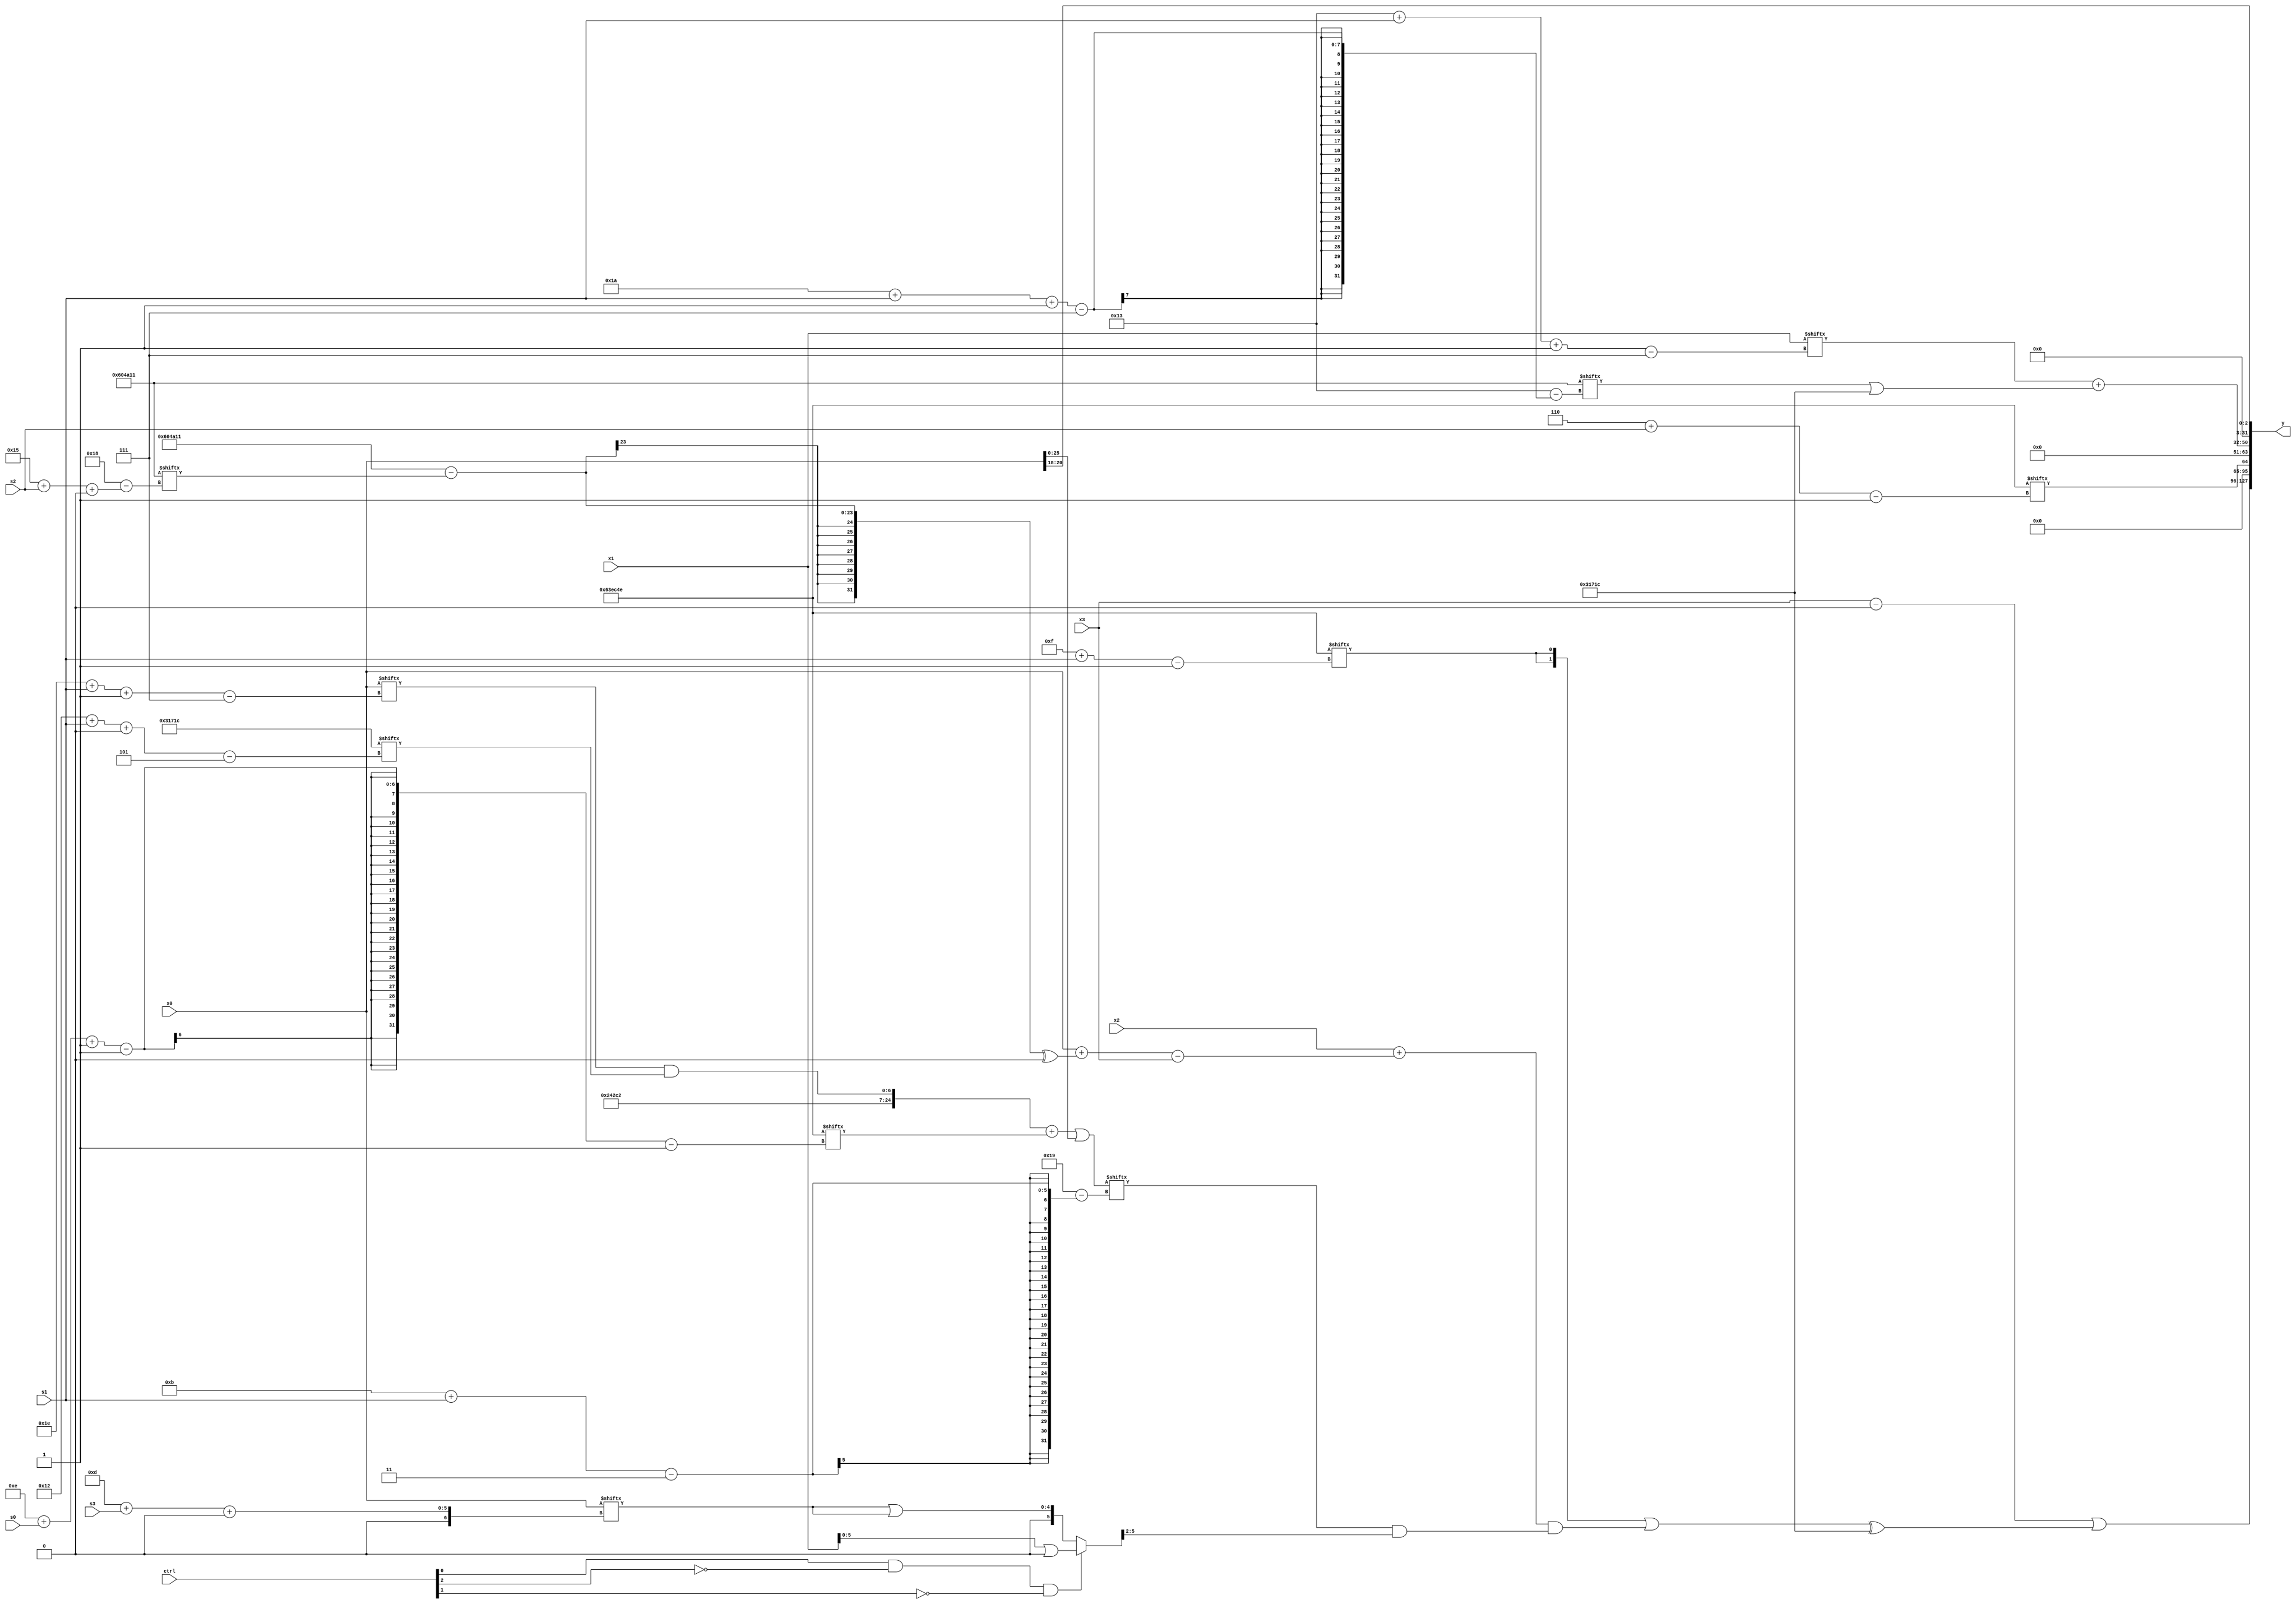
module partsel_00311(ctrl, s0, s1, s2, s3, x0, x1, x2, x3, y);
  input [3:0] ctrl;
  input [2:0] s0;
  input [2:0] s1;
  input [2:0] s2;
  input [2:0] s3;
  input signed [31:0] x0;
  input [31:0] x1;
  input signed [31:0] x2;
  input [31:0] x3;
  wire signed [3:31] x4;
  wire signed [31:3] x5;
  wire [3:28] x6;
  wire [5:26] x7;
  wire signed [30:4] x8;
  wire signed [28:7] x9;
  wire signed [0:27] x10;
  wire [27:5] x11;
  wire signed [26:1] x12;
  wire signed [0:28] x13;
  wire [29:4] x14;
  wire [4:24] x15;
  output [127:0] y;
  wire [31:0] y0;
  wire signed [31:0] y1;
  wire signed [31:0] y2;
  wire [31:0] y3;
  assign y = {y0,y1,y2,y3};
  localparam [26:1] p0 = 355615426;
  localparam signed [0:25] p1 = 408963601;
  localparam [24:5] p2 = 588453660;
  localparam signed [26:1] p3 = 342092878;
  assign x4 = {2{{((!ctrl[3] || !ctrl[1] || ctrl[0] ? p0[8 + s0 -: 5] : x2[5 + s0 +: 5]) | ({p0[15], x0} - p1[18 + s0 +: 1])), p0[12 -: 2]}}};
  assign x5 = p1[18 + s2];
  assign x6 = (({2{{{2{p0}}, (x0[30 + s1 -: 7] & p2[18 + s1 +: 6])}}} + p3[14 + s0 -: 1]) | x0);
  assign x7 = p3[12 +: 2];
  assign x8 = x0[13 + s3 +: 5];
  assign x9 = p1[23 + s0 +: 2];
  assign x10 = p0[1 + s2 -: 1];
  assign x11 = x2[16 + s0];
  assign x12 = p0[13 + s2];
  assign x13 = p2[15 +: 3];
  assign x14 = x7;
  assign x15 = (ctrl[0] && !ctrl[2] && !ctrl[1] ? (x1 | x9[23 -: 1]) : (x8 | {(ctrl[0] || ctrl[3] || ctrl[1] ? x8[16 +: 2] : (p3[22 -: 1] & p1[14 -: 1])), {{(p2[25 + s2 -: 7] - p2[15]), p2}, x8}}));
  assign y0 = ((x3 - p1[15]) | {2{(({2{p3[15 + s1]}} | ((x2 + ((x0 + ((p1 - p1[21 + s2 +: 2]) ^ p1[20])) - x3)) & (x6[11 + s1] & x15[19 +: 4]))) ^ p2)}});
  assign y1 = p3[6 + s2];
  assign y2 = (x1[19 + s1 -: 7] + ((ctrl[1] && !ctrl[1] && ctrl[0] ? ((p2[12 + s3] | (p2 + p2[28 + s2 -: 2])) - x3) : p1[26 + s1 -: 7]) | p2));
  assign y3 = x0[18 +: 3];
endmodule